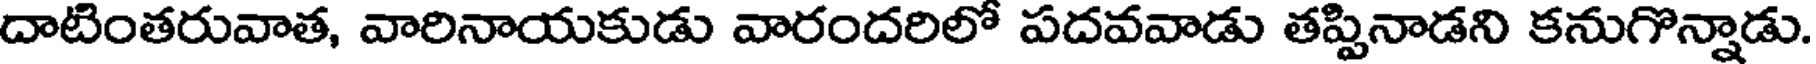
దాటింతరువాత, వారినాయకుడు వారందరిలో పదవవాడు తప్పినాడని కనుగొన్నాడు.